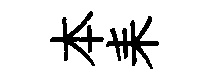
本耒